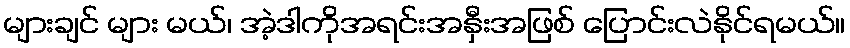
များချင် များ မယ်၊ အဲ့ဒါကိုအရင်းအနှီးအဖြစ် ပြောင်းလဲနိုင်ရမယ်။